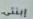
إبنتى